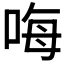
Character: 𠳨